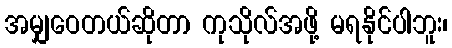
အမျှဝေတယ်ဆိုတာ ကုသိုလ်အဖို့ မရနိုင်ပါဘူး၊